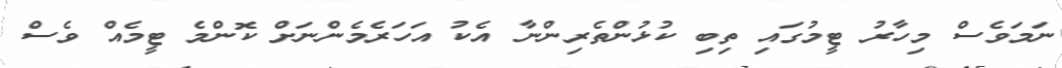
ނަމަވެސް މިހާރު ޓީމުގައި ތިބި ކުޅުންތެރިންނާ އެކު އަހަރެމެންނަށް ކޮންމެ ޓީމެއް ވެސް